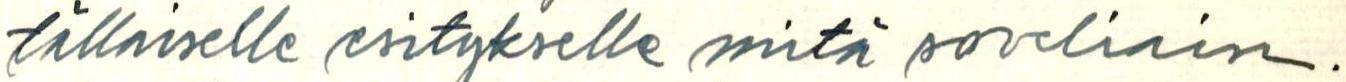
tällaiselle esitykselle mitä soveliain.